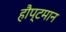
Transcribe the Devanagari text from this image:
हौप्टमान